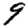
Digit: 9